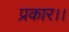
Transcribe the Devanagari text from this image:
प्रकार।।